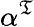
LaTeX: \alpha^{\mathfrak{T}}